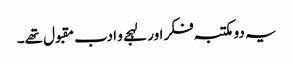
یہ دو مکتبہ فکر اور لہجے و ادب مقبول تھے۔